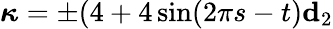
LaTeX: \boldsymbol{\kappa}=\pm(4+4\sin(2\pi s-t)\mathbf{d}_{2}